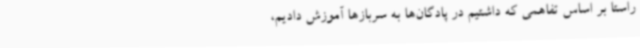
راستا بر اساس تفاهمی که داشتیم در پادگان‌ها به سربازها آموزش دادیم،